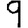
Digit: 9